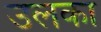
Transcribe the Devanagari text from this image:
उलका